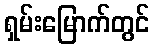
ရှမ်းမြောက်တွင်